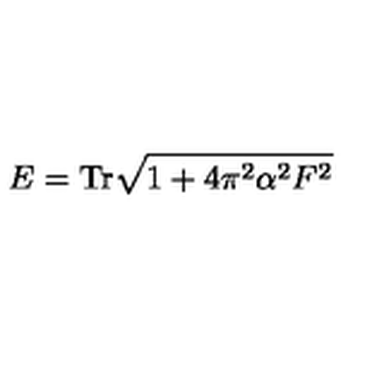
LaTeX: E = \mathrm { T r } \sqrt { 1 + 4 \pi ^ { 2 } \alpha ^ { 2 } F ^ { 2 } }